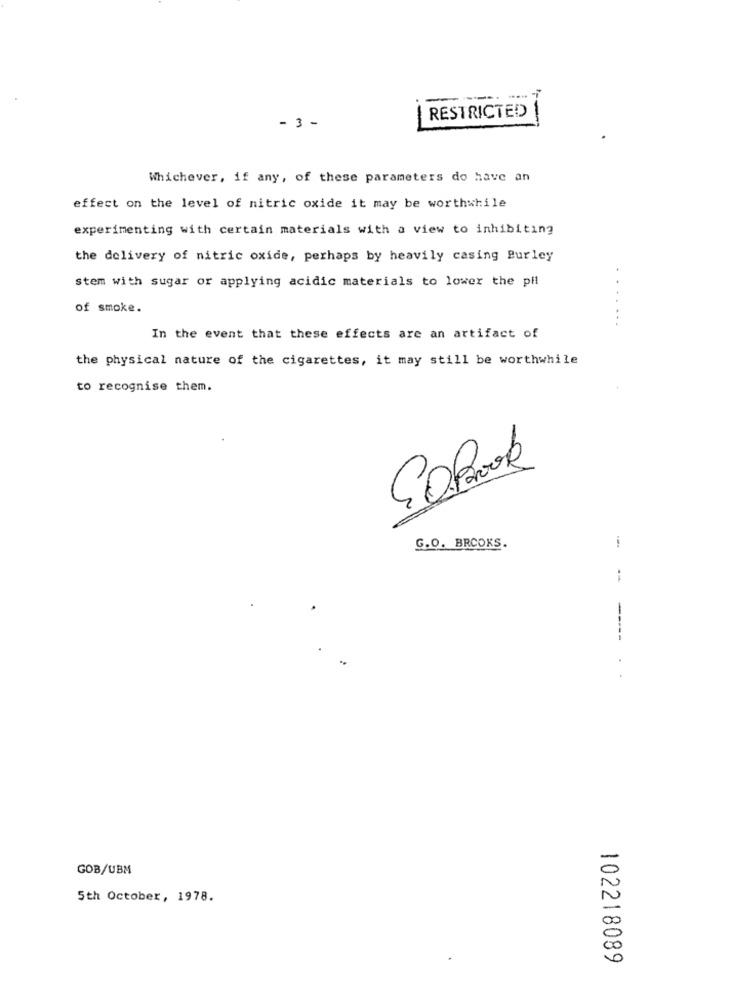
-
----
RESTRICTED
- 3 -
Whichever, if any, of these parameters do have an
effect on the level of nitric oxide it may be worthwhile
experimenting with certain materials with a view to inhibiting
the delivery of nitric oxide, perhaps by heavily casing Burley
stem with sugar or applying acidic materials to lower the pil
...
of smoke.
In the event that these effects are an artifact of
the physical nature of the cigarettes, it may still be worthwhile
to recognise them.
G.O. BROOKS.
GOB/UBM
5th October, 1978.
102218089